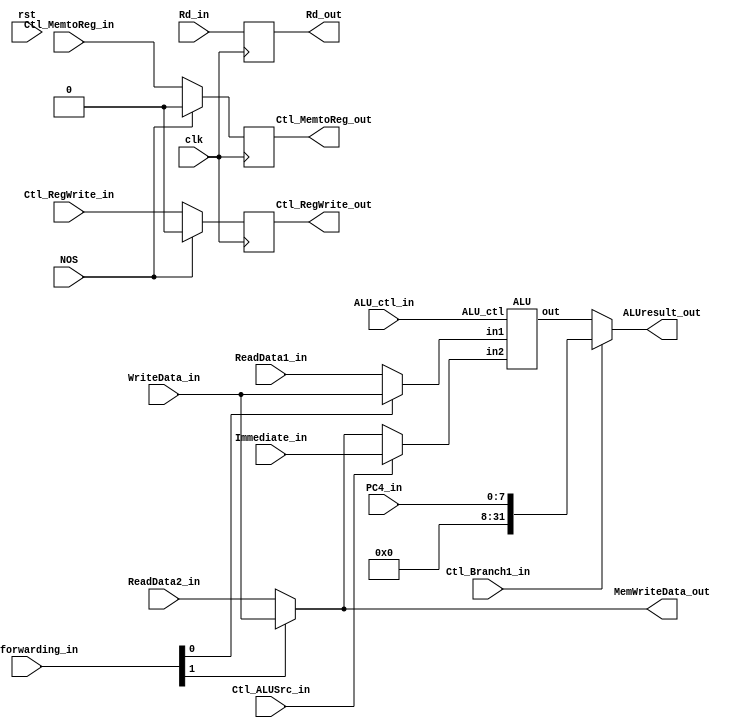
`timescale 1ns / 1ps
//13.698ns
//ALU OPERATION
`define _AND_	4'b0000
`define _OR_	4'b0001
`define _ADD_	4'b0010
`define _SUB_	4'b0110
`define _BEQ_	4'b0111	
`define _BNE_	4'b1000	
`define _JAL_	4'b0011	
`define _JALR_	4'b0010	//ADD  
`define _BLT_	4'b0111
`define _BGE_	4'b1011
`define _NOR_	4'b1100
`define _SLL_	4'b1001
`define _SRL_	4'b1010

module STAGE2(
input clk, rst, NOS,
// control signal
input Ctl_ALUSrc_in, Ctl_MemtoReg_in, Ctl_RegWrite_in, Ctl_Branch1_in, //Ctl_Branch0_in,
input [3:0] ALU_ctl_in,
input [1:0] EXE_forwarding_in,
input [ 4:0] Rd_in,
input [31:0] ReadData1_in, ReadData2_in, Immediate_in, WriteData_in,
input [7:0] PC4_in,

output reg Ctl_MemtoReg_out, Ctl_RegWrite_out, 

output reg [ 4:0] Rd_out,

//output taken,
output [31:0] ALUresult_out, MemWriteData_out// MEM/WB stage write.
);


//jal, jalr MemtoReg=0, RegWrite=1.  ALUresult  PC4 .
wire [31:0] ALUresult;
assign ALUresult_out = (Ctl_Branch1_in) ? PC4_in : ALUresult; 


//forwarding MEM stage   .
//x0  RegWrite=0 Rd .-> 
wire [31:0] ALU_input1 = (EXE_forwarding_in[0])? WriteData_in : ReadData1_in;
wire [31:0] MemWriteData = (EXE_forwarding_in[1]) ? WriteData_in : ReadData2_in;
assign MemWriteData_out = MemWriteData;
wire [31:0] ALU_input2 = (Ctl_ALUSrc_in) ? Immediate_in : MemWriteData;

ALU B1(.ALU_ctl(ALU_ctl_in), .in1(ALU_input1), .in2(ALU_input2), .out(ALUresult));

always @(posedge clk) begin
	Ctl_MemtoReg_out <= (NOS) ? 1'b0 : Ctl_MemtoReg_in;
	Ctl_RegWrite_out <= (NOS) ? 1'b0 : Ctl_RegWrite_in;
	Rd_out <= Rd_in;
end

endmodule

//////////////////////////////////////////////////////////////////////////////////
module ALU(
input [3:0] ALU_ctl,
input signed [31:0] in1, in2,
output reg [31:0] out
//output reg taken
);

// ,       .
always @(*) begin
case (ALU_ctl)
	`_AND_	: out = in1 & in2; // and
//	`_OR_		: out = in1 | in2; // or
	`_ADD_	: 	begin
						out = in1 + in2; // add
					end
	`_SUB_	: 	begin
						out = in1 - in2; // sub
					end
	
/*	`_BEQ_	: begin
					//out = (in1 == in2) ? 32'b01 : 32'b00;	//beq 
						out = 32'bx;
						taken = (in1 == in2) ? 1'b1 : 1'b0;
					end
	`_BNE_	: out = (in1 != in2) ? 32'b01 : 32'b00;	//bne
	`_BLT_	: begin
					//out = (in1 < in2) ? 32'b01 : 32'b00; // blt (branch if less than)
						out = 32'bx;
						taken = (in1 < in2) ? 1'b1 : 1'b0;
					end
	`_BGE_	: begin
						//out = (in1 >= in2) ? 32'b01 : 32'b00; // bge (branch if greater equal)
						out = 32'bx;
						taken = (in1 >= in2) ? 1'b1 : 1'b0;
					end
*/	`_SLL_	: begin
						out = in1 << in2; // shift left
					end
	`_SRL_	: begin
						out = in1 >> in2; // shift right
					end
	default : begin
					out = 32'bx;
				end
endcase
end
//branch   .
endmodule